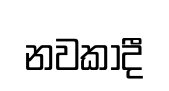
නවකාදී